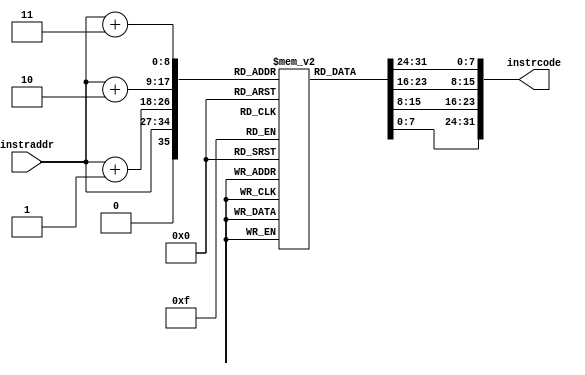
`timescale 1ns / 1ps
//////////////////////////////////////////////////////////////////////////////////
// Company: 
// Engineer: 
// 
// Design Name: 
// Module Name: Instruction_Memory
// Project Name: 
// Target Devices: 
// Tool Versions: 
// Description: 
// 
// Dependencies: 
// 
// Revision:
// Revision 0.01 - File Created
// Additional Comments:
// 
//////////////////////////////////////////////////////////////////////////////////


module Instruction_Memory(
input [7:0] instraddr,
output reg [31:0] instrcode
    );
    /*    byte addressable memory of 128 bits
              capable of storing 32 instructions*/ 
        reg [7:0] prog_mem [0:256];
        initial begin
        
        prog_mem[3]=8'h00;prog_mem[2]=8'h20;prog_mem[1]=8'h06;prog_mem[0]=8'h13;       
        prog_mem[7]=8'h06;prog_mem[6]=8'h40;prog_mem[5]=8'h07;prog_mem[4]=8'h93;
        prog_mem[11]=8'h00;prog_mem[10]=8'h10;prog_mem[9]=8'h05;prog_mem[8]=8'h13;
        prog_mem[15]=8'h00;prog_mem[14]=8'h10;prog_mem[13]=8'h08;prog_mem[12]=8'h13;
        prog_mem[19]=8'h00;prog_mem[18]=8'h10;prog_mem[17]=8'h08;prog_mem[16]=8'h93;
        prog_mem[23]=8'h01;prog_mem[22]=8'h00;prog_mem[21]=8'h07;prog_mem[20]=8'h33;
        prog_mem[27]=8'h00;prog_mem[26]=8'hc0;prog_mem[25]=8'h06;prog_mem[24]=8'hb3;
        prog_mem[31]=8'h00;prog_mem[30]=8'he6;prog_mem[29]=8'hc6;prog_mem[28]=8'h63;
        prog_mem[35]=8'h40;prog_mem[34]=8'he6;prog_mem[33]=8'h86;prog_mem[32]=8'hb3;
        prog_mem[39]=8'h00;prog_mem[38]=8'h80;prog_mem[37]=8'h00;prog_mem[36]=8'h6F;
        prog_mem[43]=8'h40;prog_mem[42]=8'hD7;prog_mem[41]=8'h07;prog_mem[40]=8'h33;
        prog_mem[47]=8'hFE;prog_mem[46]=8'hD7;prog_mem[45]=8'h18;prog_mem[44]=8'hE3;
        prog_mem[51]=8'h00;prog_mem[50]=8'hA7;prog_mem[49]=8'h04;prog_mem[48]=8'h63;
        prog_mem[55]=8'h00;prog_mem[54]=8'h08;prog_mem[53]=8'hF8;prog_mem[52]=8'h93;
        prog_mem[59]=8'h00;prog_mem[58]=8'h18;prog_mem[57]=8'hF8;prog_mem[56]=8'h93;
        prog_mem[63]=8'h00;prog_mem[62]=8'h18;prog_mem[61]=8'h08;prog_mem[60]=8'h13;
        prog_mem[67]=8'hFC;prog_mem[66]=8'hC8;prog_mem[65]=8'h1A;prog_mem[64]=8'hE3;
        prog_mem[71]=8'h00;prog_mem[70]=8'hA8;prog_mem[69]=8'h86;prog_mem[68]=8'h63;
        prog_mem[75]=8'h00;prog_mem[74]=8'h16;prog_mem[73]=8'h06;prog_mem[72]=8'h13;
        prog_mem[79]=8'hFC;prog_mem[78]=8'hF6;prog_mem[77]=8'h10;prog_mem[76]=8'hE3;
        prog_mem[83]=8'h00;prog_mem[82]=8'hc0;prog_mem[81]=8'h00;prog_mem[80]=8'hB3;
        prog_mem[87]=8'hFF;prog_mem[86]=8'h5F;prog_mem[85]=8'hF0;prog_mem[84]=8'h6F;
        
      
        end
        always@(*)begin
        instrcode = {prog_mem[instraddr+3],  prog_mem[instraddr+2], prog_mem[instraddr+1], prog_mem[instraddr]};
        end
endmodule